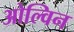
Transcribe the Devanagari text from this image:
ओल्विन